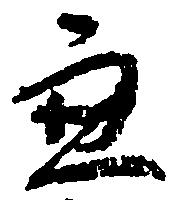
兼